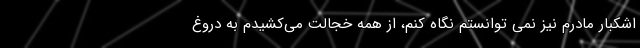
اشکبار مادرم نیز نمی توانستم نگاه کنم، از همه خجالت می‌کشیدم به دروغ